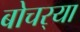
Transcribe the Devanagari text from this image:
बोचर्‍या